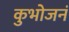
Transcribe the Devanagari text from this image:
कुभोजनं